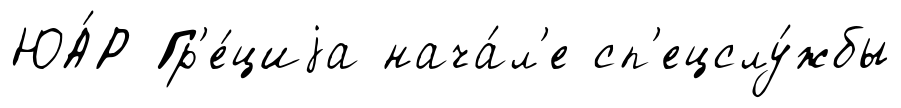
ЮА́Р Гр'е́циjа нача́л'е сп'ецслу́жбы